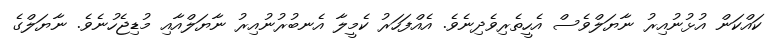
ކައްކަން އުޅުނުއިރު ނާޔަލްވެސް އެހީތެރިވެދިނެވެ. އެއްފަހަރު ކެމީލާ އެނބުރުނުއިރު ނާޔަލްއާއި މުޑިޖެހުނެވެ. ނާޔަލްގެ